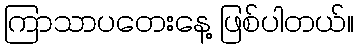
ကြာသာပတေးနေ့ ဖြစ်ပါတယ်။